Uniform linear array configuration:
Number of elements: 48
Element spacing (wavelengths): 0.75
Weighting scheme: cosine
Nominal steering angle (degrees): -30
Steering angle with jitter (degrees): -29.761
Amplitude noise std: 0.05
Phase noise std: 0.05

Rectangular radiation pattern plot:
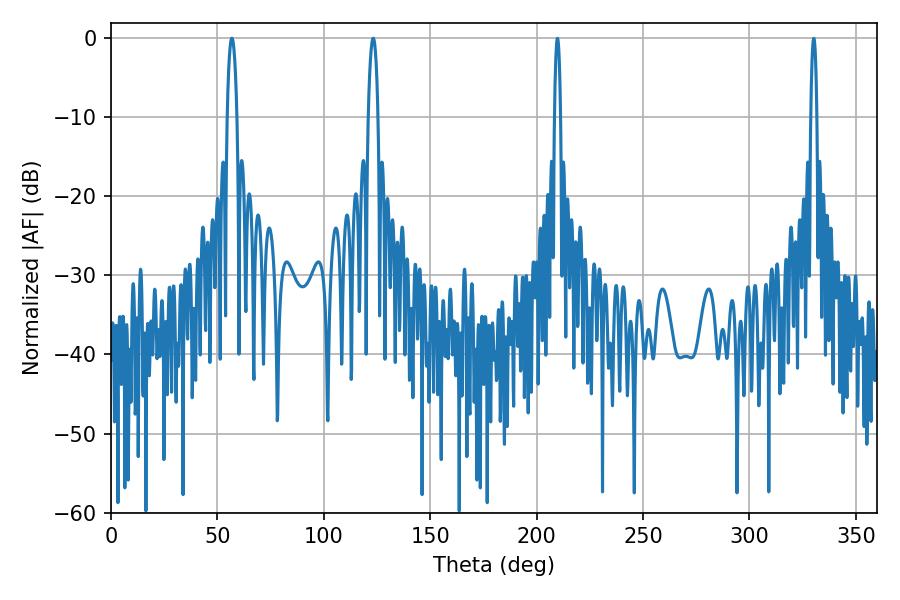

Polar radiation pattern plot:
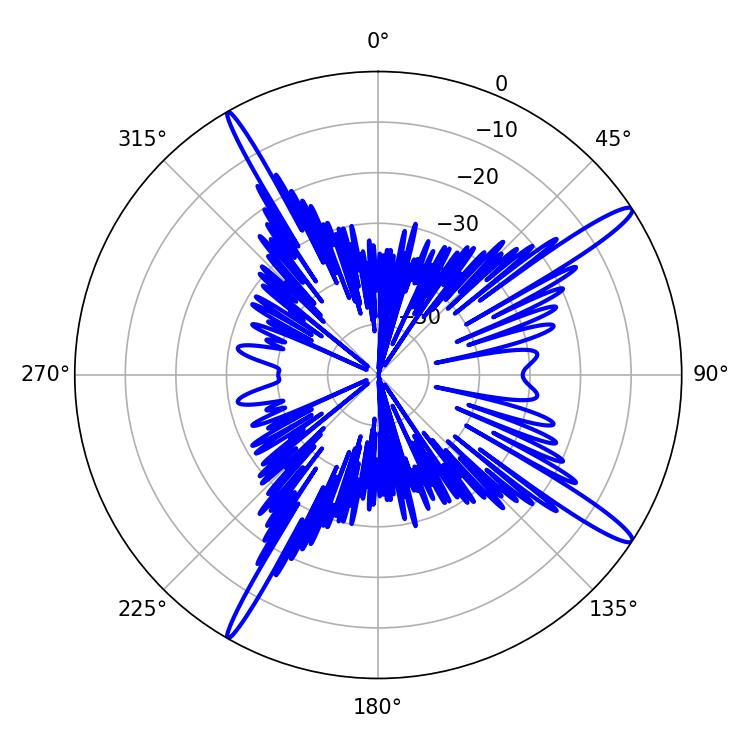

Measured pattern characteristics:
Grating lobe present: TRUE
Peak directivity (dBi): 15.682
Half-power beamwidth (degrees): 2.52
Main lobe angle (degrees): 56.88